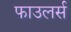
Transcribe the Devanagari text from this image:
फाउलर्स